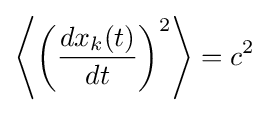
\left\langle \left({\frac {dx_{k}(t)}{dt}}\right)^{2}\right\rangle =c^{2}